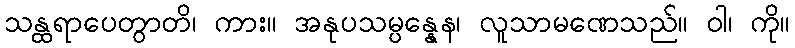
သန္ထရာပေတွာတိ၊ ကား။ အနုပသမ္ပန္နေန၊ လူသာမဏေသည်။ ဝါ၊ ကို။